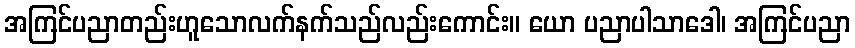
အကြင်ပညာတည်းဟူသောလက်နက်သည်လည်းကောင်း။ ယော ပညာပါသာဒေါ၊ အကြင်ပညာ